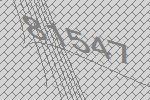
81547